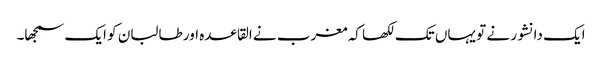
ایک دانشور نے تو یہاں تک لکھا کہ مغرب نے القاعدہ اور طالبان کو ایک سمجھا۔